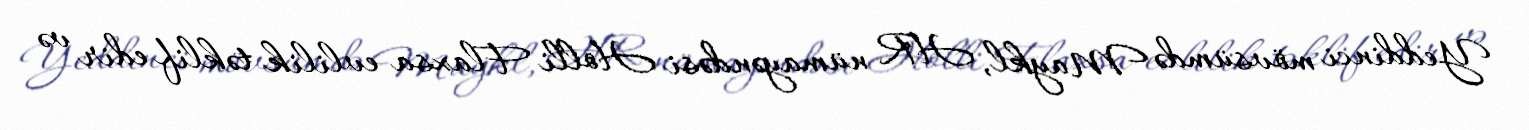
Yeddinci mövsümdə Maykl, HR nümayəndəsi Holli Flaxsa evlilik təklif edir və